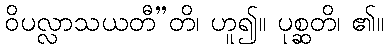
ဝိပလ္လာသယတီ”တိ၊ ဟူ၍။ ပုစ္ဆတိ၊ ၏။